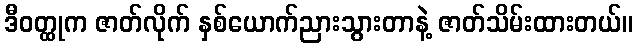
ဒီဝတ္ထုက ဇာတ်လိုက် နှစ်ယောက်ညားသွားတာနဲ့ ဇာတ်သိမ်းထားတယ်။